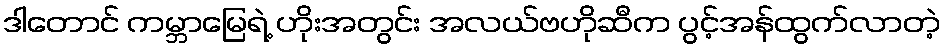
ဒါတောင် ကမ္ဘာမြေရဲ့ ဟိုးအတွင်း အလယ်ဗဟိုဆီက ပွင့်အန်ထွက်လာတဲ့